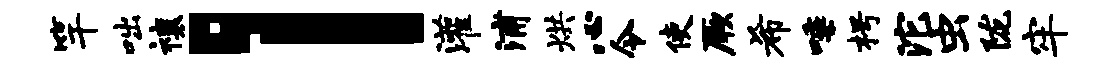
竿咄禳l灌浦烘心令使厥希唾枵沱虫陇牢